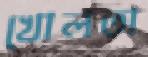
খোলতা